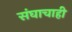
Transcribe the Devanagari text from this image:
संघाचाही